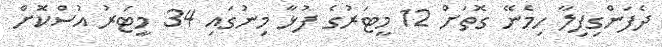
ދެފަންގިފިލާ ހިމެނޭ ގޮތަށް 12 މީޓަރުގެ ފުޅާ މިނުގައި 34 މީޓަރު އުސްކޮށް